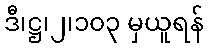
ဒီ၊ဋ္ဌ၊၂၊၁၀၃ မှယူရန်